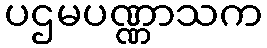
ပဌမပဏ္ဏာသက